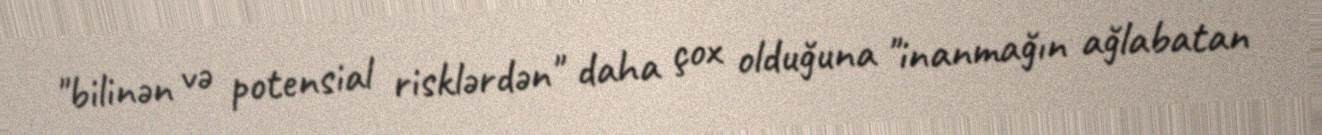
"bilinən və potensial risklərdən" daha çox olduğuna "inanmağın ağlabatan